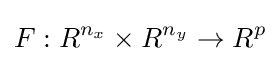
F:R^{n_{x}}\times R^{n_{y}}\to R^{p}